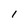
Character: l